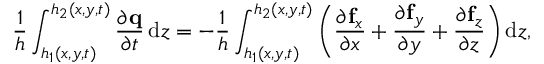
\frac { 1 } { h } \int _ { h _ { 1 } ( x , y , t ) } ^ { h _ { 2 } ( x , y , t ) } \frac { \partial \mathbf { q } } { \partial t } \, \mathrm { d } z = - \frac { 1 } { h } \int _ { h _ { 1 } ( x , y , t ) } ^ { h _ { 2 } ( x , y , t ) } \left( \frac { \partial \mathbf { f } _ { x } } { \partial x } + \frac { \partial \mathbf { f } _ { y } } { \partial y } + \frac { \partial \mathbf { f } _ { z } } { \partial z } \right) \mathrm { d } z ,